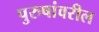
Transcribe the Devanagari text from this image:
पुरुषांवरील